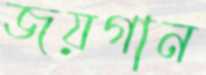
জয়গান